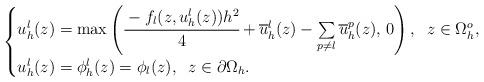
LaTeX: \begin{align*}\begin{cases}u_h^{l}(z) =\max \left(\cfrac{-f_{l}(z,u_h^{l}(z))h^{2}}{4}+\overline{u}_h^l(z) - \sum\limits_{p \neq l} \overline{u}_h^p(z) , \, 0\right),\;\;z\in\Omega_h^o,\\u_h^{l}(z) =\phi_h^{l}(z)= \phi_{l}(z),\;\;z\in \partial\Omega_h.\end{cases}\end{align*}